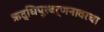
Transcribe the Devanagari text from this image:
ऋद्धिपूरवर्णनावरचा